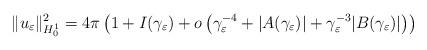
LaTeX: \begin{align*}\|u_\varepsilon\|_{H^1_0}^2=4\pi\left(1+I(\gamma_\varepsilon)+o\left(\gamma_\varepsilon^{-4}+|A(\gamma_\varepsilon)|+\gamma_\varepsilon^{-3}|B(\gamma_\varepsilon)| \right)\right)\end{align*}